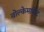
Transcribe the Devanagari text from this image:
वोल्केमार्के्ट